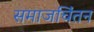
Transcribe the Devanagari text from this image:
समाजचिंतन